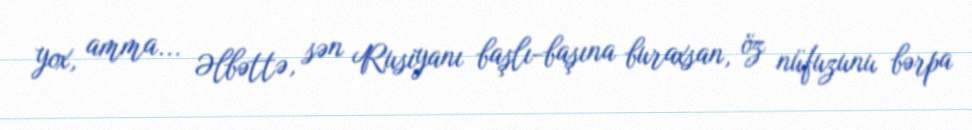
yox, amma... Əlbəttə, sən Rusiyanı başlı-başına buraxsan, öz nüfuzunu bərpa